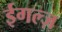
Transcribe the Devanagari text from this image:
ईगल्ज़